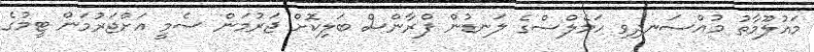
މައުލޫމާތު މުއްސަނދިވި ހަމެލްސްގެ ލަނޑުން ފްރާންސް ބަލިކޮށް ޖަރުމަން ސެމީ އަށްޖަރުމަން ޓީމުގެ